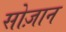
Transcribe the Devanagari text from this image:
सोज़ान